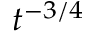
t ^ { - 3 / 4 }